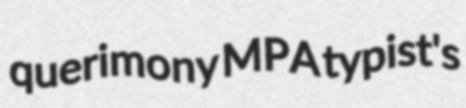
querimony MPA typist's